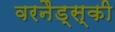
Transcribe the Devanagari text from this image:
वरनैड्स्की